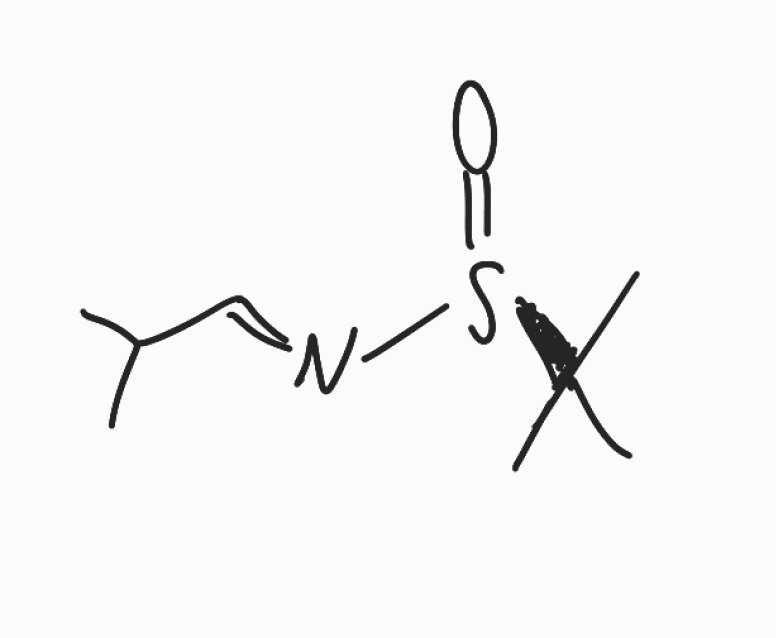
Simplified molecular-input line-entry system (SMILES) notation of the given molecule:
CC(C)/C=N/[S@@](=O)C(C)(C)C